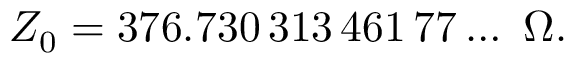
Z _ { 0 } = 3 7 6 . 7 3 0 \, 3 1 3 \, 4 6 1 \, 7 7 \ldots ~ \Omega .